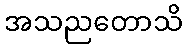
အသညတောသိ